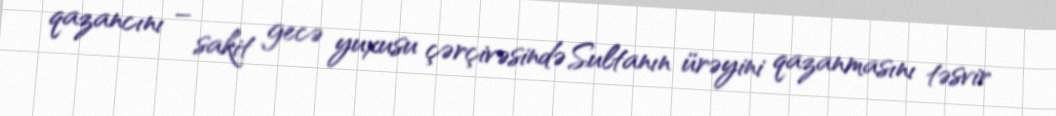
qazancını – sakit gecə yuxusu çərçivəsində Sultanın ürəyini qazanmasını təsvir